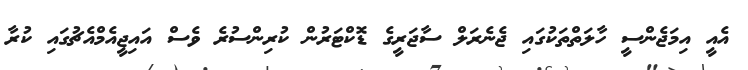
އެއީ އިމަޖެންސީ ހާލަތްތަކުގައި ޖެނެރަލް ސާޖަރީގެ ޑޮކްޓަރުން ކުރިންސުރެ ވެސް އައިޖީއެމްއެޗުގައި ކުރާ